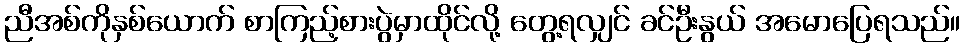
ညီအစ်ကိုနှစ်ယောက် စာကြည့်စားပွဲမှာထိုင်လို့ တွေ့ရလျှင် ခင်ဦးနွယ် အမောပြေရသည်။